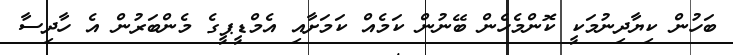
ބަހުން ކިޔާދިނުމަކީ ކޮންމެހެން ބޭނުން ކަމެއް ކަމަށާއި އެމްޑީޕީގެ މެންބަރުން އެ ހާދިސާ